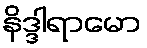
နိဒ္ဒါရာမော